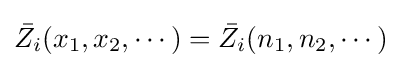
{\bar {Z_{i}}}(x_{1},x_{2},\cdots )={\bar {Z_{i}}}(n_{1},n_{2},\cdots )